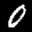
Label: 0